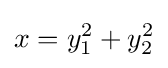
x=y_{1}^{2}+y_{2}^{2}